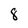
Character: 8